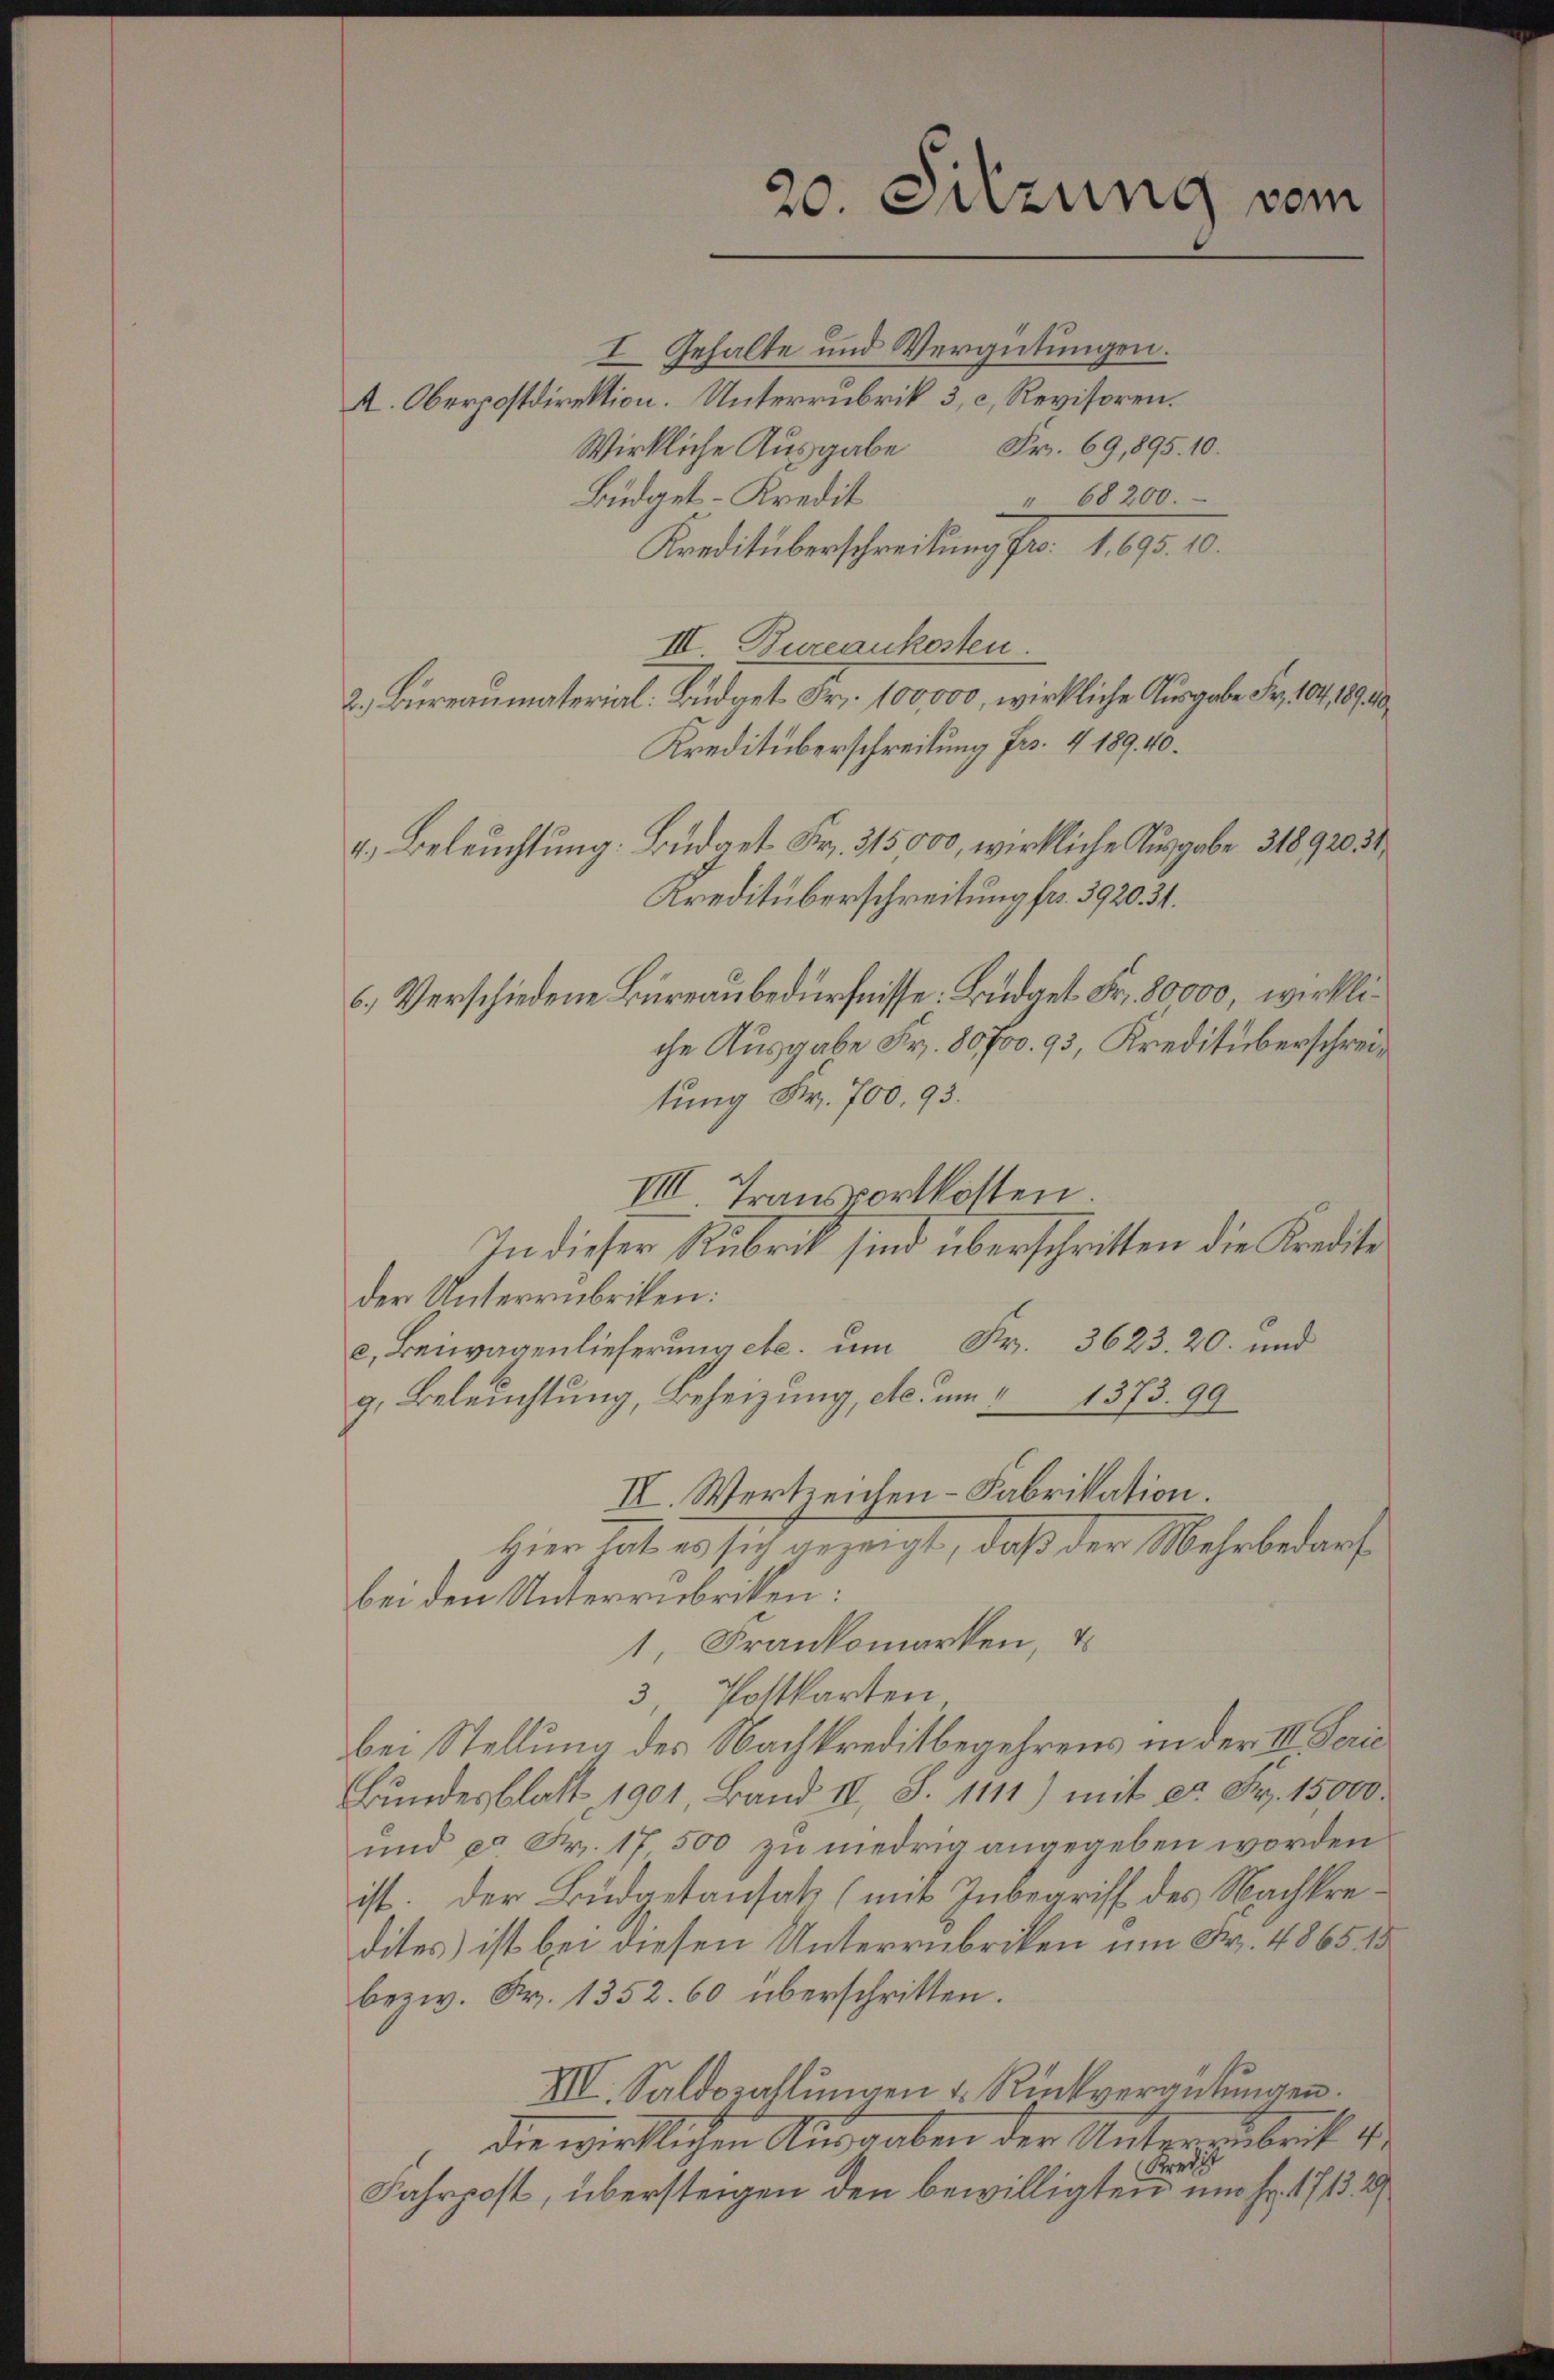
20. Sitzung vom

I Gehalte und Vergütungen.
A. Oberpostdirektion. Unterrubrik 3, c, Revisoren.
Wirkliche Ausgabe Fr. 69,895. 10.
Büdget-Kredit
" 68200.
Kreditüberschreibung fr. 1. 695. 10.
III. Dureaukosten
2. Bureaumaterial. Budget Fr. 100,000, wirkliche Ausgabe Fr. 104, 189. 40
Kreditüberschreitung Fr. 4 189. 40.
4.) Beleuchtung: Budget Fr. 315,000, wirkliche Ausgabe 31892031
Kreditüberschreitung fr. 392034.
6.) Verschiedene Büreaubedürfnisse: Budget Fr. 80000, wirkliche Ausgabe Fr. 80700. 93, Kreditüberschreitung Fr. 700. 93.
VIII. Transportkosten
In dieser Rubrik sind überschritten die Kredite
der Unterrubriken:
c. Beiwagenlieferung etc. um Fr. 3623. 20. und
g. Beleuchtung, Beheizung, etc. um 1373. 99
II. Wertzeichen-Fabrikation.
Hier hat es sich gezeigt, daß der Mehrbedarf
bei den Unterrubriken:
1, Frankomarken,
3, Pottkarten
bei Stellung des Nachkreditbegehrens in der II. Serie
Bundesblatt, 1901, Band II, S. 1111) mit ca Fr. 15000.
und ca Fr. 17 500 zu niedrig angegeben worden
ist. Der Budgetansatz (mit Inbegriff des Nachkredites ist bei diesen Unterrubriken um Fr. 4865. 15
bezw. Fr. 1352. 60 überschritten.
VII. Saldozahlŭngen u. Rückverantŭngen.
Die wirklichen Ausgaben der Unterrubrik 4.
Brech
Fahrpost, übersteigen den bewilligten um Fr. 1713. 29